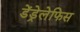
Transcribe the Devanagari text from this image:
डेंड्रेलेफिस